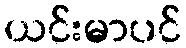
ယင်းမာပင်